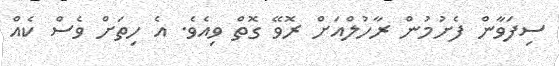
ސިފަވާން ފެށުމުން ރާހުލްއަށް ރޮވޭ ގޮތް ވިއެވެ. އެ ހިތަށް ވެސް ކެއް